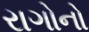
રાગોનો